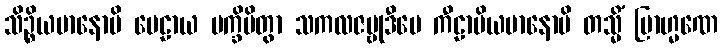
သိဉ္စိယမာနောပိ ပေဠာယ ပက္ခိပိတွာ သကလဇမ္ဗုဒီပေ ကီဠာပိယမာနောပိ တသ္မိံ ဗြာဟ္မဏေ